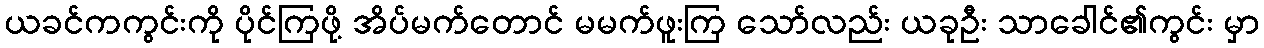
ယခင်ကကွင်းကို ပိုင်ကြဖို့ အိပ်မက်တောင် မမက်ဖူးကြ သော်လည်း ယခုဦး သာခေါင်၏ကွင်း မှာ